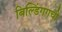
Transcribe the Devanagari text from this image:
बिल्डिंगगची